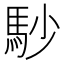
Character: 𩡾